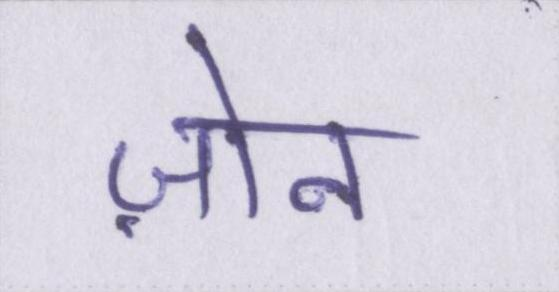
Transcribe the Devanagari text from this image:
ज़ोन